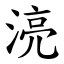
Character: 湸